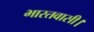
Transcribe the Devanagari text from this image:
भारतवासी।